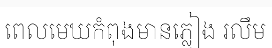
ពេលមេឃកំពុងមានភ្លៀង រលឹម